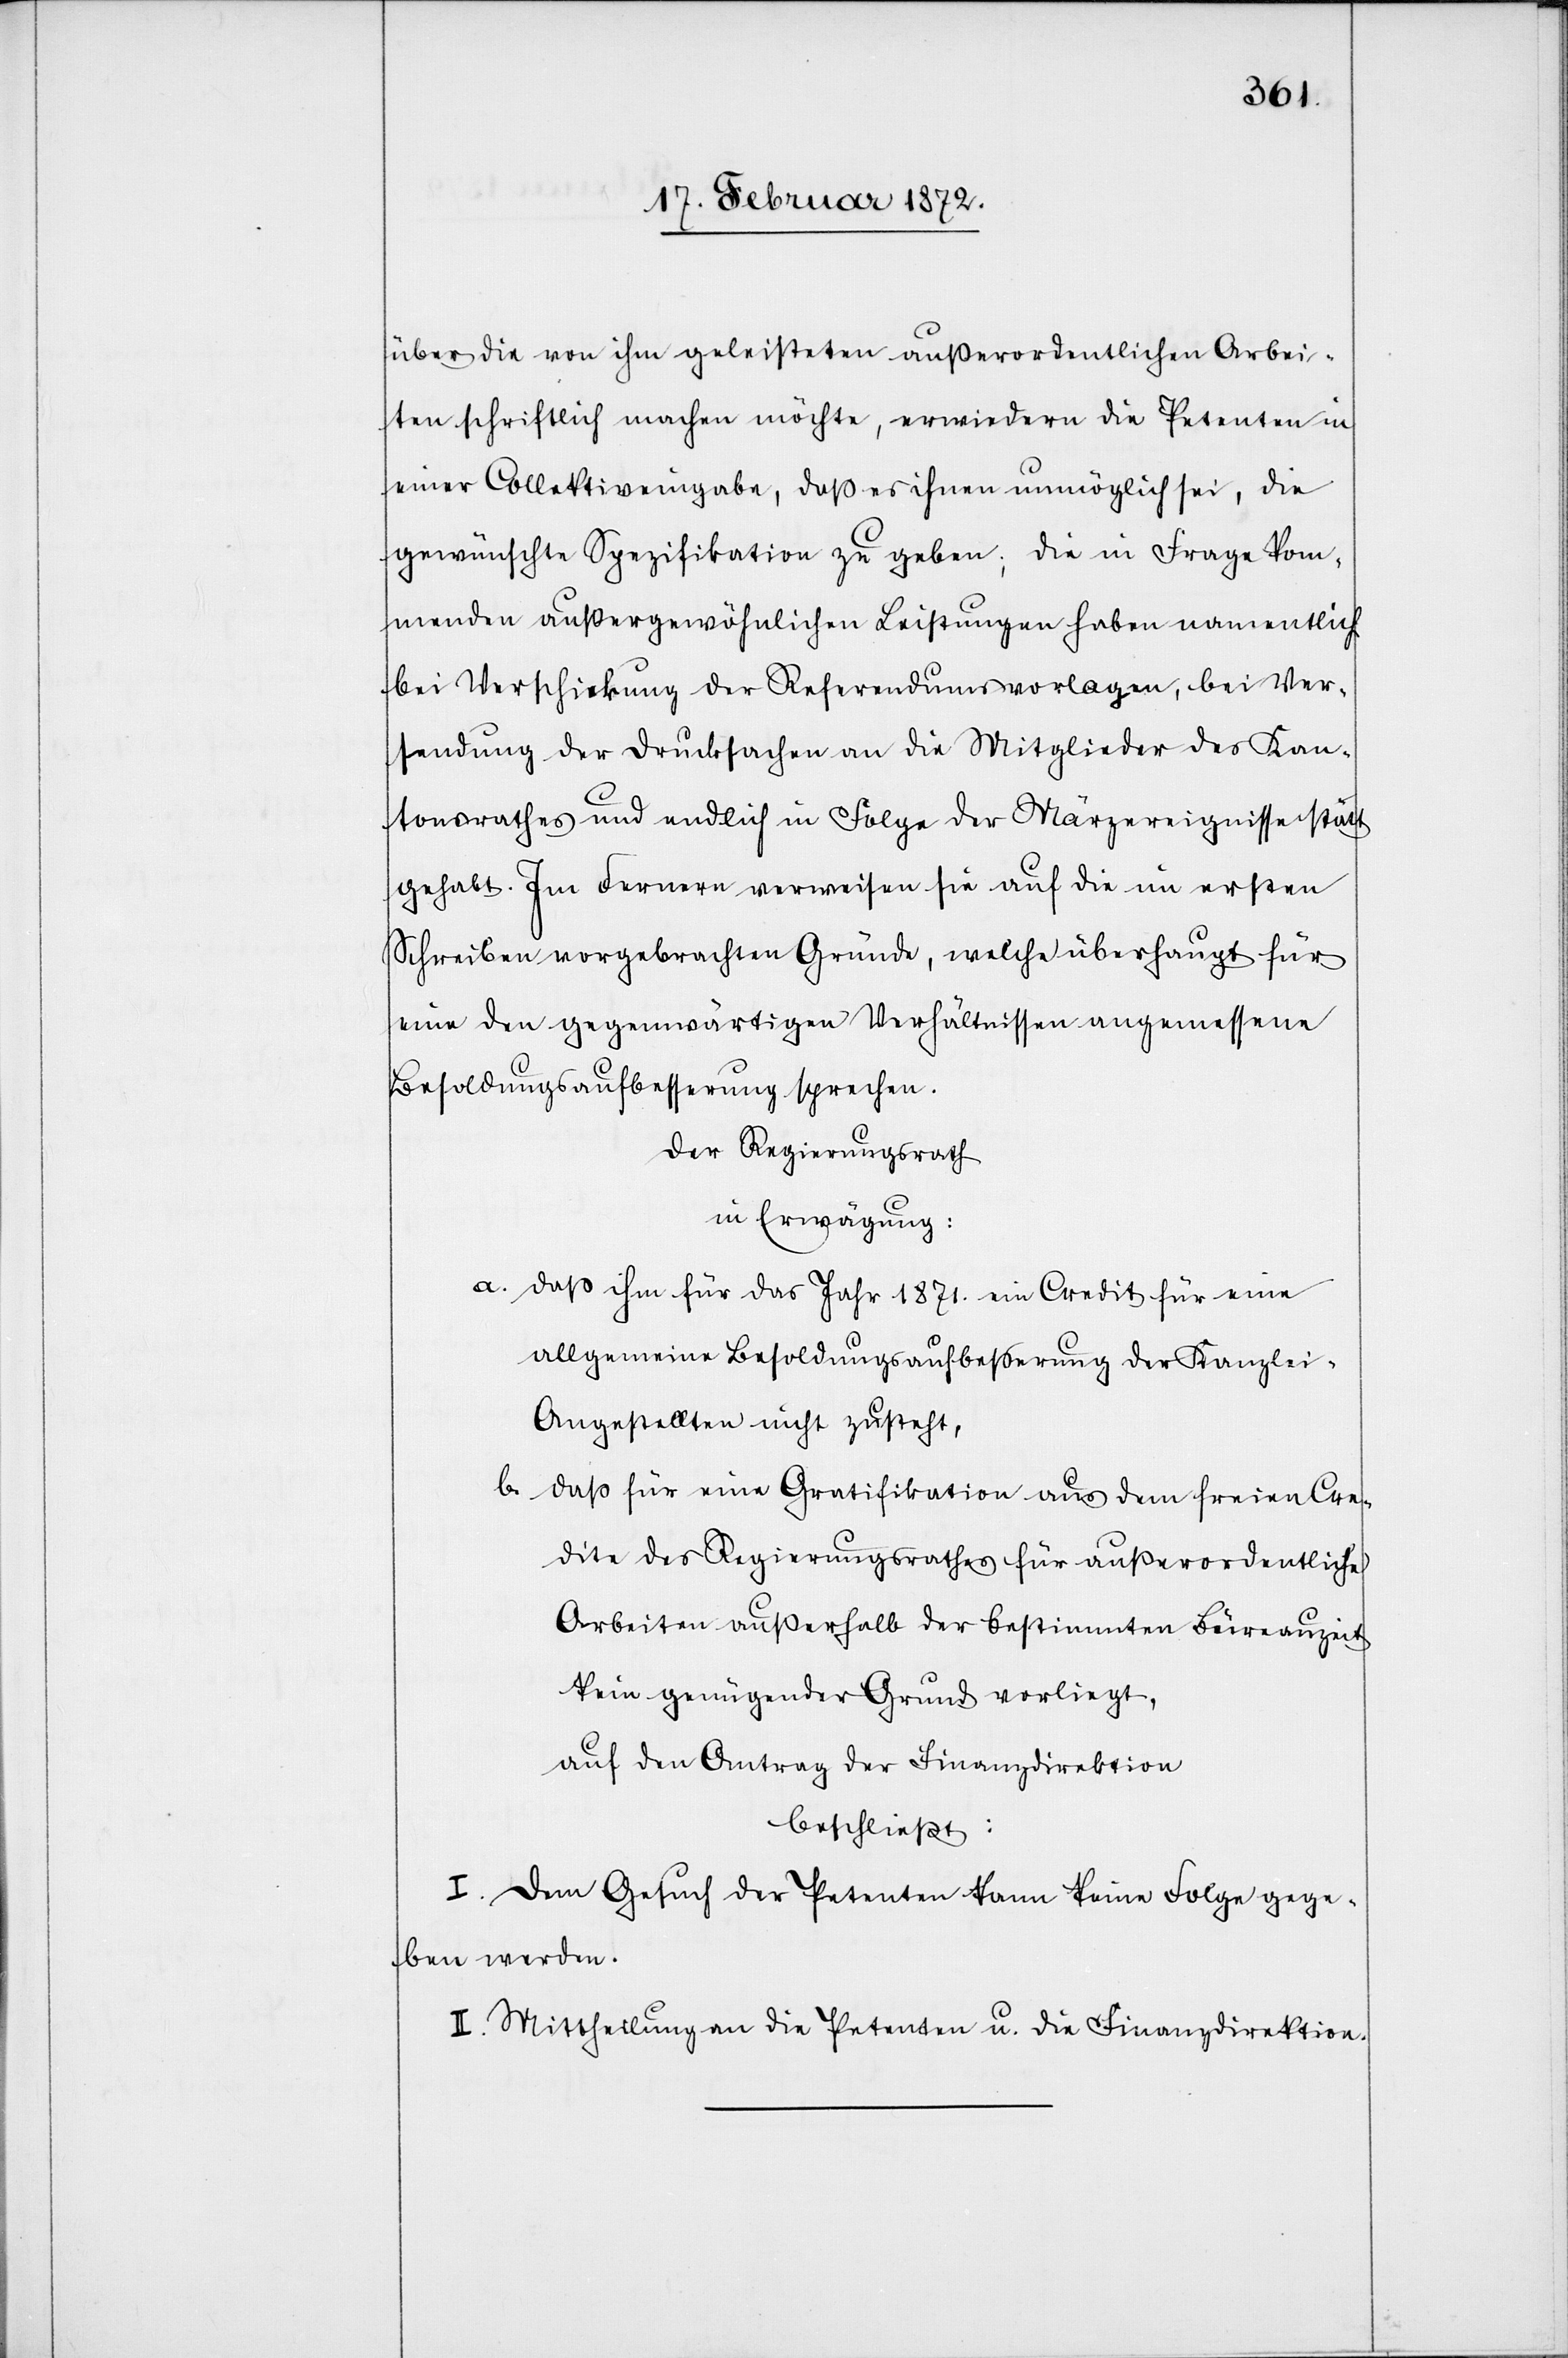
über die von ihm geleisteten außerordentlichen Arbei¬
ten schriftlich machen möchte, erwiedern die Petenten in
einer Collektiveingabe, daß es ihnen unmöglich sei, die
gewünschte Spezifikation zu geben; die in Frage kom¬
menden außergewöhnlichen Leistungen haben namentlich
bei Verschickung der Referendumsvorlage, bei Ver¬
sendung der Drucksachen an die Mitglieder des Kan¬
tonsrathes und endlich in Folge der Märzereignisse stätt¬
gehabt [sic!]. Im Fernern verweisen sie auf die im ersten
Schreien vorgebrachten Gründe, welche überhaupt für
eine den gegenwärtigen Verhältnissen angemessene
Besoldungsaufbesserung sprechen.
Der Regierungsrath
in Erwägung:
a. daß ihm für das Jahr 1871. ein Credit für eine
allgemeine Besoldungsaufbesserung der Kanzlei-A¬
ngestellten nicht zusteht,
b. daß für eine Gratifikation aus dem freien Cre¬
dite des Regierungsrathes für außerordentliche
Arbeiten außerhalb der bestimmten Büreauzeit
kein genügender Grund vorliege,
auf den Antrag der Finanzdirektion
beschließt:
I. Dem Gesuch der Petenten kann keine Folge gege¬
ben werden.
II. Mittheilung an die Petenten u. die Finanzdirektion.